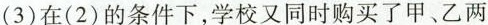
(3)在(2)的条件下，学校又同时购买了甲、乙两